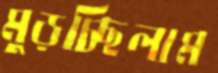
মুড়চ্ছিলাম